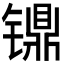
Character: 𰾸